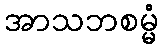
အာသဘစမ္မံ